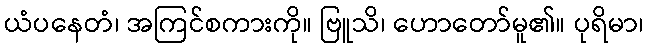
ယံပနေတံ၊ အကြင်စကားကို။ ဗြူသိ၊ ဟောတော်မူ၏။ ပုရိမာ၊